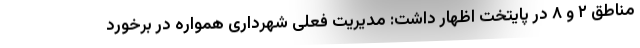
مناطق ۲ و ۸ در پایتخت اظهار داشت: مدیریت فعلی شهرداری همواره در برخورد